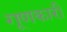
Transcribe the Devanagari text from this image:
गूणकारी